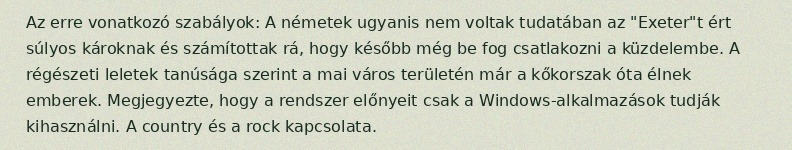
Az erre vonatkozó szabályok: A németek ugyanis nem voltak tudatában az "Exeter"t ért súlyos károknak és számítottak rá, hogy később még be fog csatlakozni a küzdelembe. A régészeti leletek tanúsága szerint a mai város területén már a kőkorszak óta élnek emberek. Megjegyezte, hogy a rendszer előnyeit csak a Windows-alkalmazások tudják kihasználni. A country és a rock kapcsolata.